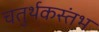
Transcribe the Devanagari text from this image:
चतुर्थकस्तंभ